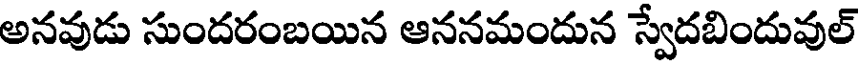
అనవుడు సుందరంబయిన ఆననమందున స్వేదబిందువుల్